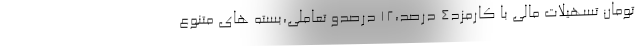
تومان تسهیلات مالی با کارمزد۴ درصد،۱۲ درصدو تعاملی،بسته های متنوع